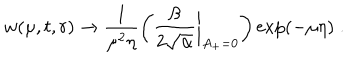
w ( \mu , t , r ) \to \frac { 1 } { \mu ^ { 2 } \eta } \left( \frac { \beta } { 2 \sqrt { \alpha } } \biggl | _ { A _ { + } = 0 } \right) \exp ( - \mu \eta ) \; .